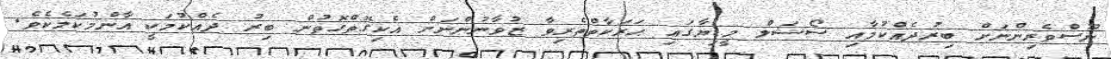
ނޫސްވެރިންނަށް ބިރުދެއްކުމާއި ސޯޝަލް މީޑިޔާގައި ޙަރަކާތްތެރިވާ ޒުވާނުންނަށް އެކިގޮތްގޮތުން ބިރު ދެއްކުމަކީ އާންމުކަމެކެވެ.